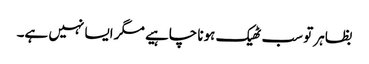
بظاہر تو سب ٹھیک ہونا چاہیے مگر ایسا نہیں ہے۔